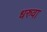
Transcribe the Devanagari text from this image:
धरुवा